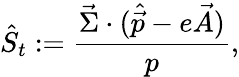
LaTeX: \hat{S}_{t}:={\frac{\vec{\Sigma}\cdot(\hat{\vec{p}}-e\vec{A})}{p}},